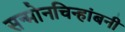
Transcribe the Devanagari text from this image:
सन्माेनचिन्हांबनी